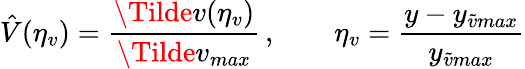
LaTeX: \hat{V}(\eta_{v})=\frac{\Tilde{v}(\eta_{v})}{\Tilde{v}_{max}}\, ,\qquad\eta_{v}=\frac{y-y_{\tilde{v}max}}{y_{\tilde{v}max}}